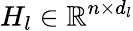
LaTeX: H_{l}\in\mathbb{R}^{n\times d_{l}}